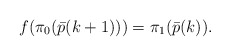
\begin{align*}f(\pi_0(\bar p(k+1)))=\pi_1(\bar p(k)).\end{align*}